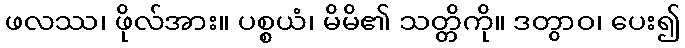
ဖလဿ၊ ဖိုလ်အား။ ပစ္စယံ၊ မိမိ၏ သတ္တိကို။ ဒတွာဝ၊ ပေး၍